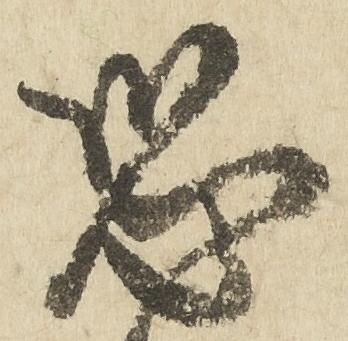
恐